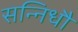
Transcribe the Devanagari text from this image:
सन्निधौ